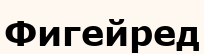
Фигейред